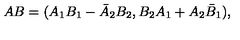
A B = ( A _ { 1 } B _ { 1 } - \bar { A } _ { 2 } B _ { 2 } , B _ { 2 } A _ { 1 } + A _ { 2 } \bar { B } _ { 1 } ) ,